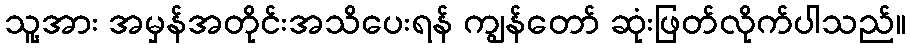
သူ့အား အမှန်အတိုင်းအသိပေးရန် ကျွန်တော် ဆုံးဖြတ်လိုက်ပါသည်။